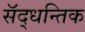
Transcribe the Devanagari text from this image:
सॅद्धन्तिक